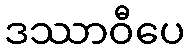
ဒဿာဝီပေ